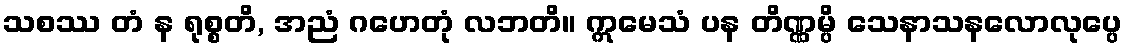
သစဿ တံ န ရုစ္စတိ, အညံ ဂဟေတုံ လဘတိ။ ဣမေသံ ပန တိဏ္ဏမ္ပိ သေနာသနလောလုပ္ပေ